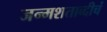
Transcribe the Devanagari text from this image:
जन्मशताब्दीचं